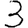
Digit: 3